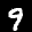
Label: 9